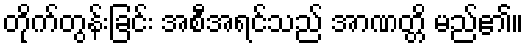
တိုက်တွန်းခြင်း အစီအရင်သည် အာဏတ္တိ မည်၏။